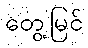
တွေ့မြင်